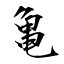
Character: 亀